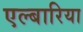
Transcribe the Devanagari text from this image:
एल्बारिया